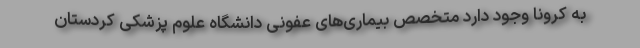
به کرونا وجود دارد متخصص بیماری‌های عفونی دانشگاه علوم پزشکی کردستان